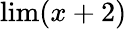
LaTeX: \lim(x+2)